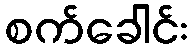
စက်ခေါင်း